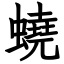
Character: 蟯